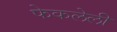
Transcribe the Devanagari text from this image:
फेकलेली